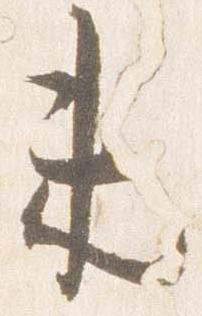
未